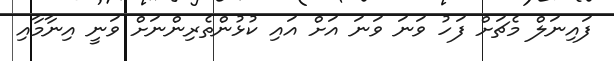
ފައިނަލް މެޗަށް ފަހު ވަނަ ވަނަ އަށް އައި ކުޅުންތެރިންނަށް ވަނީ އިނާމާއި